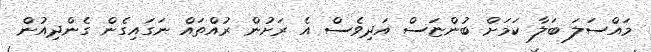
މައްސަލަ ބަލާ ކަމަށް ބުންޏަސް އަދިވެސް އެ ރަށުން ރުއްތައް ނަގައިގެން ގެންދިއުން